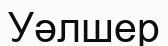
Уәлшер